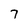
Character: 7